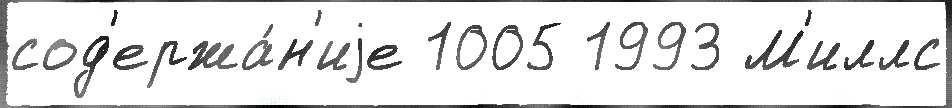
сод'ержа́н'иjе 1005 1993 М'иллс